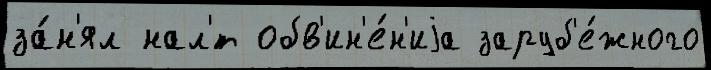
за́н'ял нал'́т обв'ин'е́н'иjа заруб'е́жного